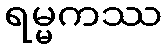
ရမ္မကဿ